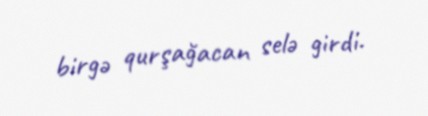
birgə qurşağacan selə girdi.